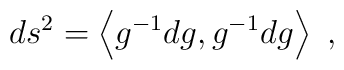
ds^2 = \left< g^{-1}dg, g^{-1}dg\right>~,